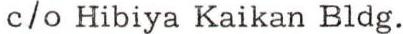
c/o Hibiya Kaikan Bldg.